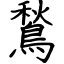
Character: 鶖